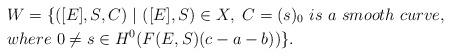
LaTeX: \begin{align*}& W=\{([E],S,C)\ |\ ([E],S)\in X,\ C=(s)_0\ is\ a\ smooth\ curve,\\& where\ 0\ne s\in H^0(F(E,S)(c-a-b))\}.\end{align*}